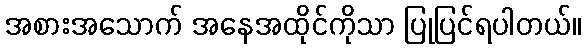
အစားအသောက် အနေအထိုင်ကိုသာ ပြုပြင်ရပါတယ်။